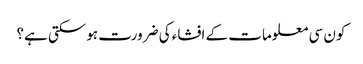
کون سی معلومات کے افشاء کی ضرورت ہوسکتی ہے؟